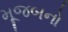
મૂજબનો